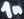
Text: 1n